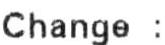
CHANGE :